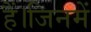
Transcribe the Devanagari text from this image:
हैं।जिनमें